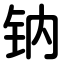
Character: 钠